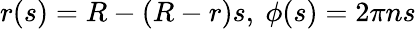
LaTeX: r(s)=R-(R-r)s,~\phi(s)=2\pi ns